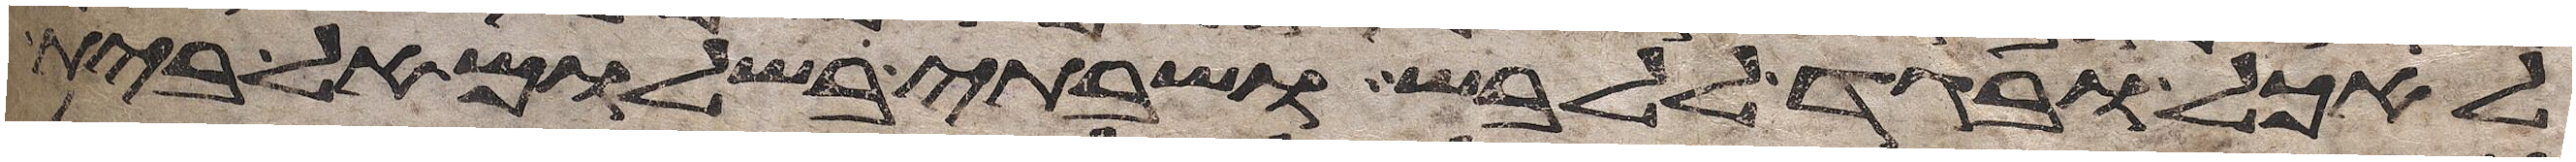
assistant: לאכל ובגד ללבש ושבתי בשלום אל בית